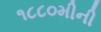
૧૮૮૦મીની